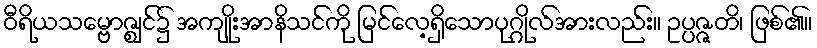
ဝီရိယသမ္ဗောဇ္ဈင်၌ အကျိုးအာနိသင်ကို မြင်လေ့ရှိသောပုဂ္ဂိုလ်အားလည်း။ ဥပ္ပဇ္ဇတိ၊ ဖြစ်၏။